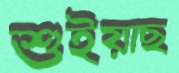
শুইয়াছ